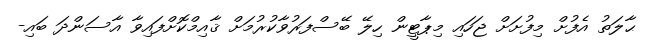
ޙާލަތު އެފުށް މިފުށަށް ޖަހައި މިޕާޓީން ހިލޭ ބޭސްފަރުވާކުރުމަށް ޤާއިމްކޮށްފައިވާ އާސަންދަ ބައި-